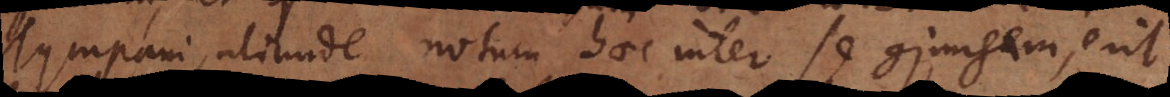
Tympani, aliunde notum haec inter se conjungem, erit